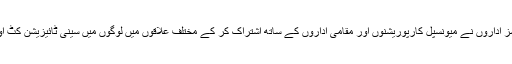
علاوہ ازیں لیگل سروسز اداروں نے میونسپل کارپوریشنوں اور مقامی اداروں کے ساتھ اشتراک کر کے مختلف علاقوں میں لوگوں میں سینی ٹائیزیشن کٹ اور ماسک تقسیم کئے ۔